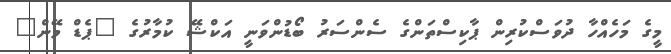
މީގެ މަހެއްހާ ދުވަސްކުރިން ޕާކިސްތަންގެ ސެންސަރު ބޯޑުންވަނީ އަކްޝޭ ކުމާރުގެ "ޕެޑް މޭން"